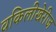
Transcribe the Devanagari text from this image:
वकिलीखेरीज